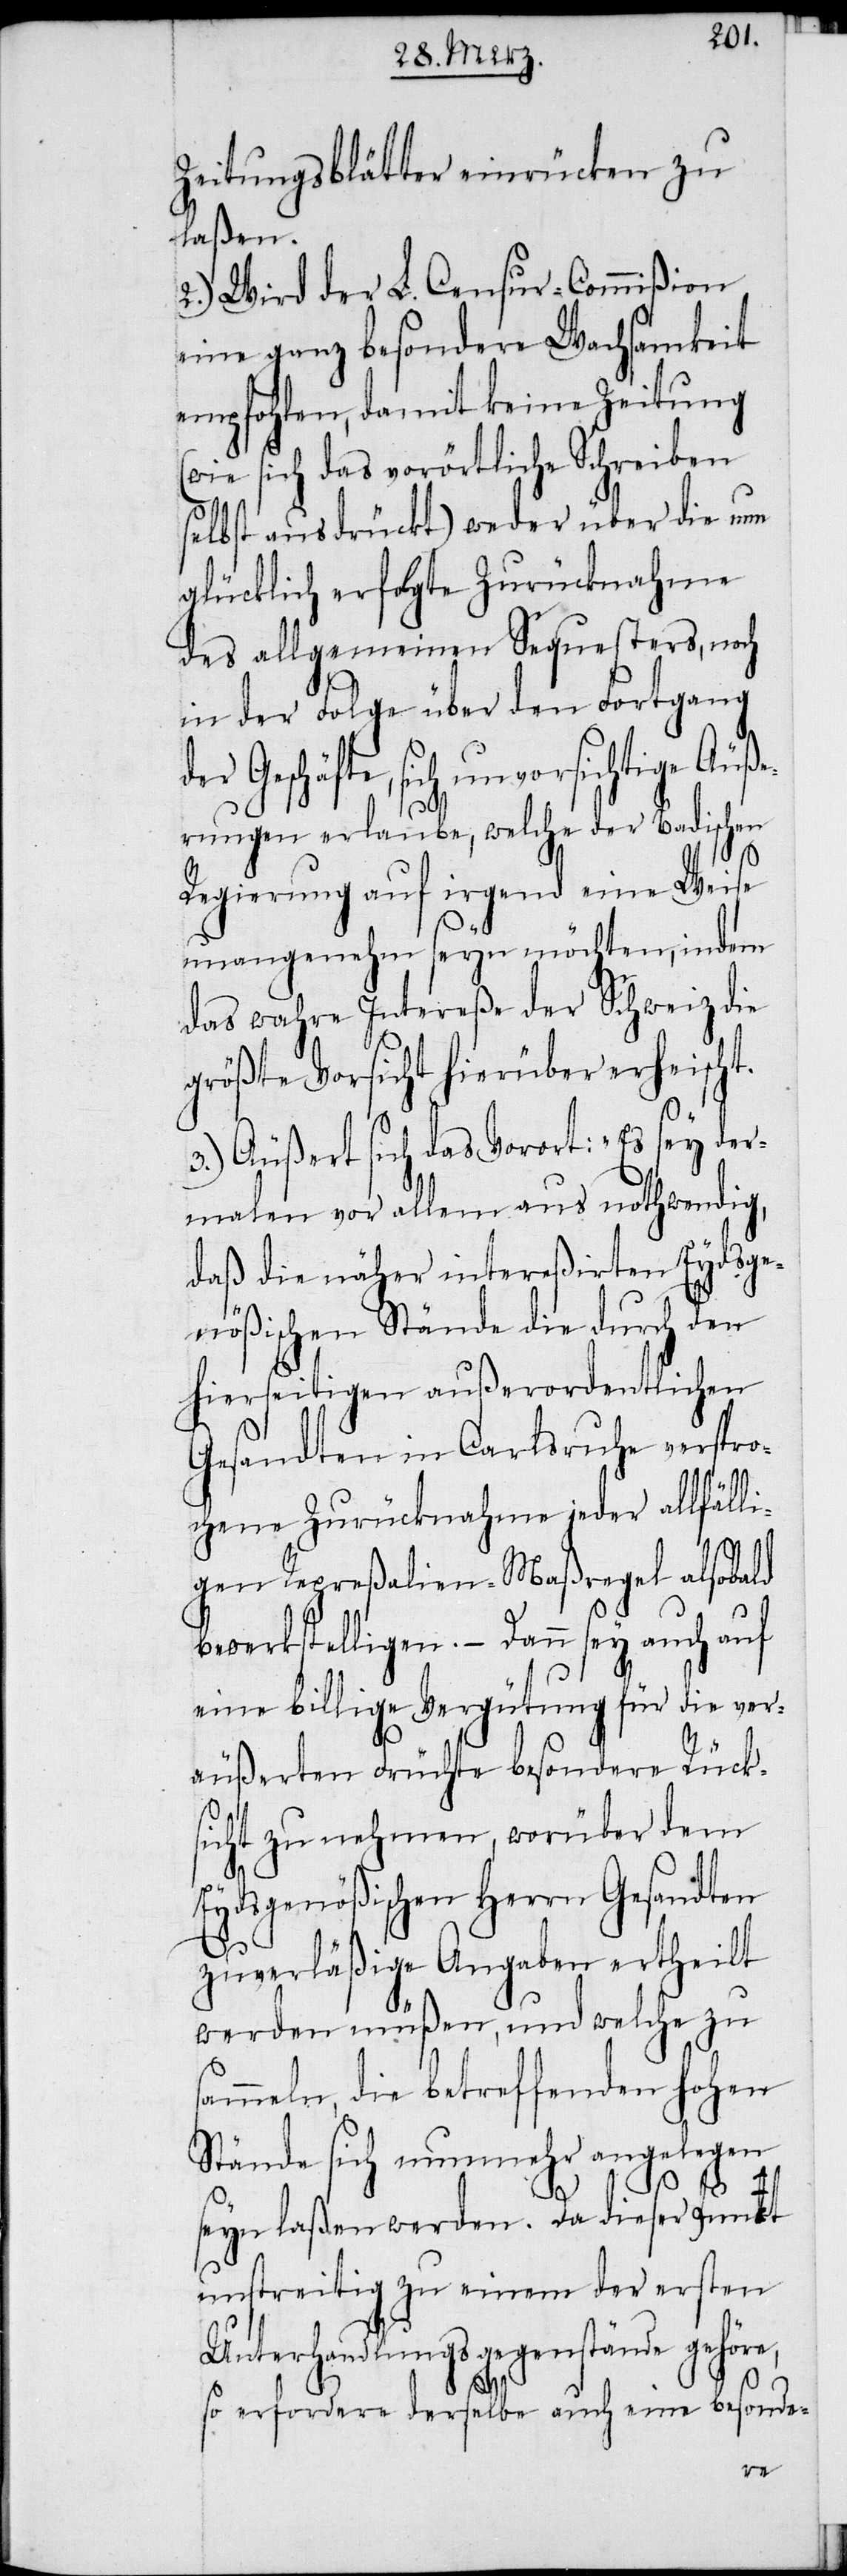
Zeitungsblätter einrücken zu
laßen.
2.) Wird der L. Censur-Commißion
eine ganz besondere Wachsamkeit
empfohlen, damit keine Zeitung
(wie sich das vorörtliche Schreiben
selbst ausdrückt) weder über die nun
glücklich erfolgte Zurücknahme
des allgemeinen Sequesters, noch
in der Folge über den Fortgang
eschäfte, sich unvorsichtige Äuß¬
erungen erlaube, welche der Badischen
Regierung auf irgend eine Weise
unangenehm seyn möchten, indem
das wahre Intereße der Schweiz die
größte Vorsicht hierüber erheischt.
3.) Äußert sich das Vorort: „Es sey der¬
malen vor allem aus nothwendig,
daß die näher intereßirten Eydsge¬
nößischen Stände die durch den
hierseitigen außerordentlichen
Gesandten in Carlsruhe verspro¬
chene Zurücknahme jeder allfälli¬
G¬
gen Repreßalien-Maßregel alsobald
bewerkstelligen. – Dann sey auch auf
eine billige Vergütung für die ver¬
äußerten Früchte besondere Rücks¬
icht zu nehmen, worüber dem
Eydsgenößischen Herrn Gesandten
zuverläßige Angaben ertheilt
werden müßen, und welche zu
sammeln, die betreffenden hohen
Stände sich nunmehr angelegen
seyn laßen werden. Da dieser Punct
unstreitig zu einem der ersten
Unterhandlungsgegenstände gehöre,
so erfordere derselbe auch eine besonde-
der